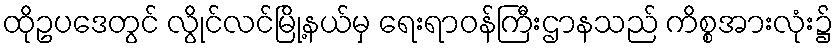
ထိုဥပဒေတွင် လွိုင်လင်မြို့နယ်မှ ရေးရာဝန်ကြီးဌာနသည် ကိစ္စအားလုံး၌